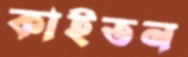
কাইতন